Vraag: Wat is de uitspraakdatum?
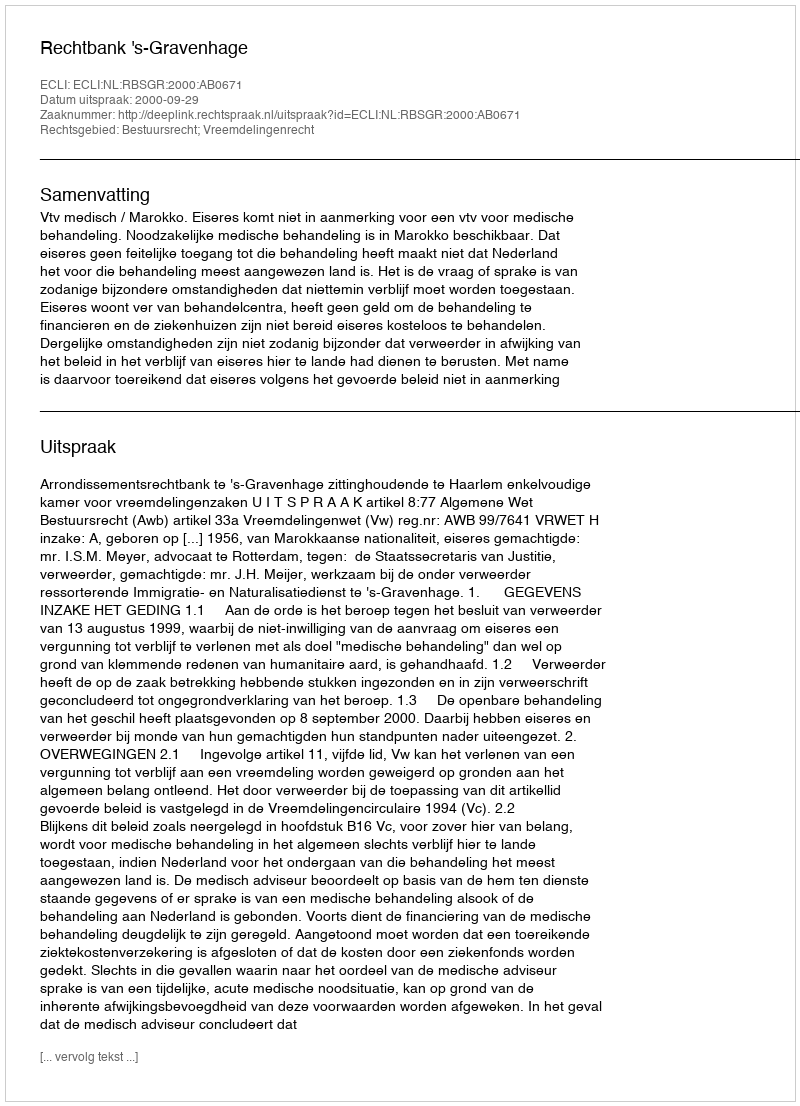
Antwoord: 2000-09-29